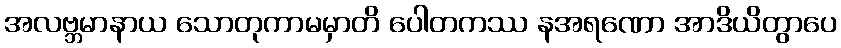
အလဗ္ဘမာနာယ သောတုကာမမှာတိ ပေါတကဿ နအရဏော အာဒိယိတွာပေ